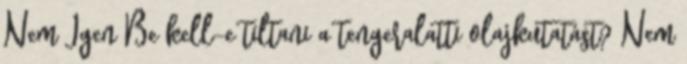
Nem Igen Be kell-e tiltani a tengeralatti olajkutatást? Nem